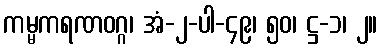
ကမ္မကရဏဝဂ္ဂ၊ အံ-၂-ပါ-၄၉၊ ၅၀၊ ဋ္ဌ-၁၊ ၂။